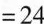
$$= 2 4$$